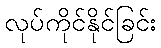
လုပ်ကိုင်နိုင်ခြင်း